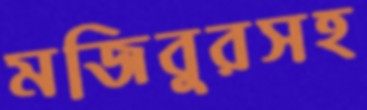
মজিবুরসহ